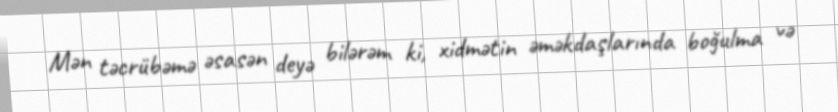
Mən təcrübəmə əsasən deyə bilərəm ki, xidmətin əməkdaşlarında boğulma və